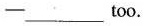
—___too.